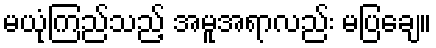
မယုံကြည်သည့် အမူအရာလည်း မပြချေ။